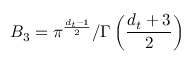
B _ { 3 } = \pi ^ { \frac { { d _ { t } } - 1 } { 2 } } / \Gamma \left( \frac { { d _ { t } } + 3 } { 2 } \right)